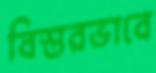
বিস্তরভাবে